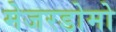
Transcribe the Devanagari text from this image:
मेजरडोमो